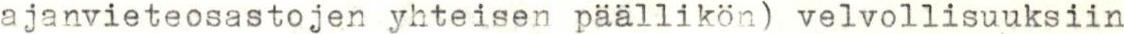
ajanvieteosastojen yhteisen päällikön) velvollisuuksiin